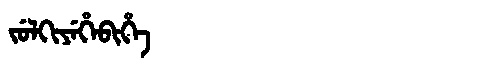
Manchu: ᠵᡠᠯᡴᡳᠶᡝᡥᡝᠪᡳᡥᡝ
Romanization: JULKIYEHEBIHE